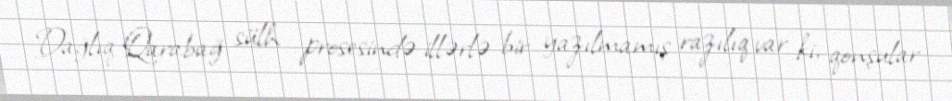
Dağlıq Qarabağ sülh prosesində illərlə bir yazılmamış razılıq var ki, qonşular